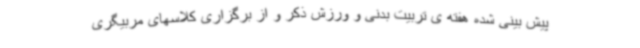
پیش بینی شده هفته ی تربیت بدنی و ورزش ذکر و از برگزاری کلاسهای مربیگری